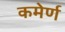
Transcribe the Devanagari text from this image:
कमेर्ण